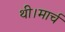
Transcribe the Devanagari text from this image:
थी।मार्च